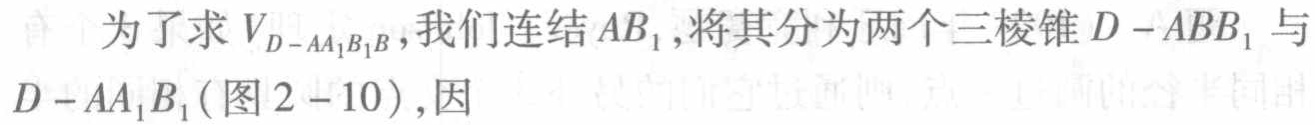
为了求 \(V_{D - AA_{1}B_{1}B}\)，我们连结 \(AB_{1}\)，将其分为两个三棱锥 \(D - ABB_{1}\) 与 \(D - AA_{1}B_{1}\)(图 \(2 - 10\))，因